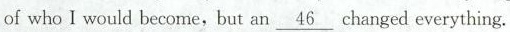
of who I would become,but an\underline{46}changed everything.